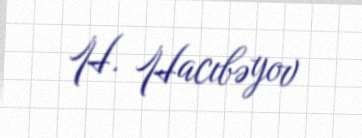
H. Hacıbəyov